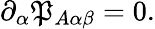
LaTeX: \partial_{\alpha}\mathfrak{P}_{A\alpha\beta}=0.